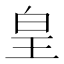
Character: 皇